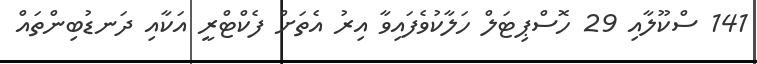
141 ސްކޫލާއި 29 ހޮސްޕިޓަލް ހަލާކުވެފައިވާ އިރު އެތަށް ފެކްޓްރީ އަކާއި ދަނޑުބިންތައް